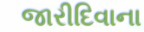
જારીદિવાના